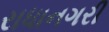
રાધાનગરી